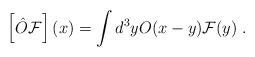
\begin{align*}\left[ \hat{O}\mathcal{F}\right] (x)=\int d^{3}yO(x-y)\mathcal{F}(y)\;.\end{align*}